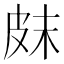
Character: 𤿗